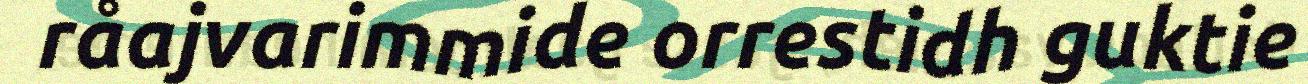
råajvarimmide orrestidh guktie